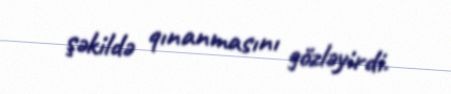
şəkildə qınanmasını gözləyirdi.